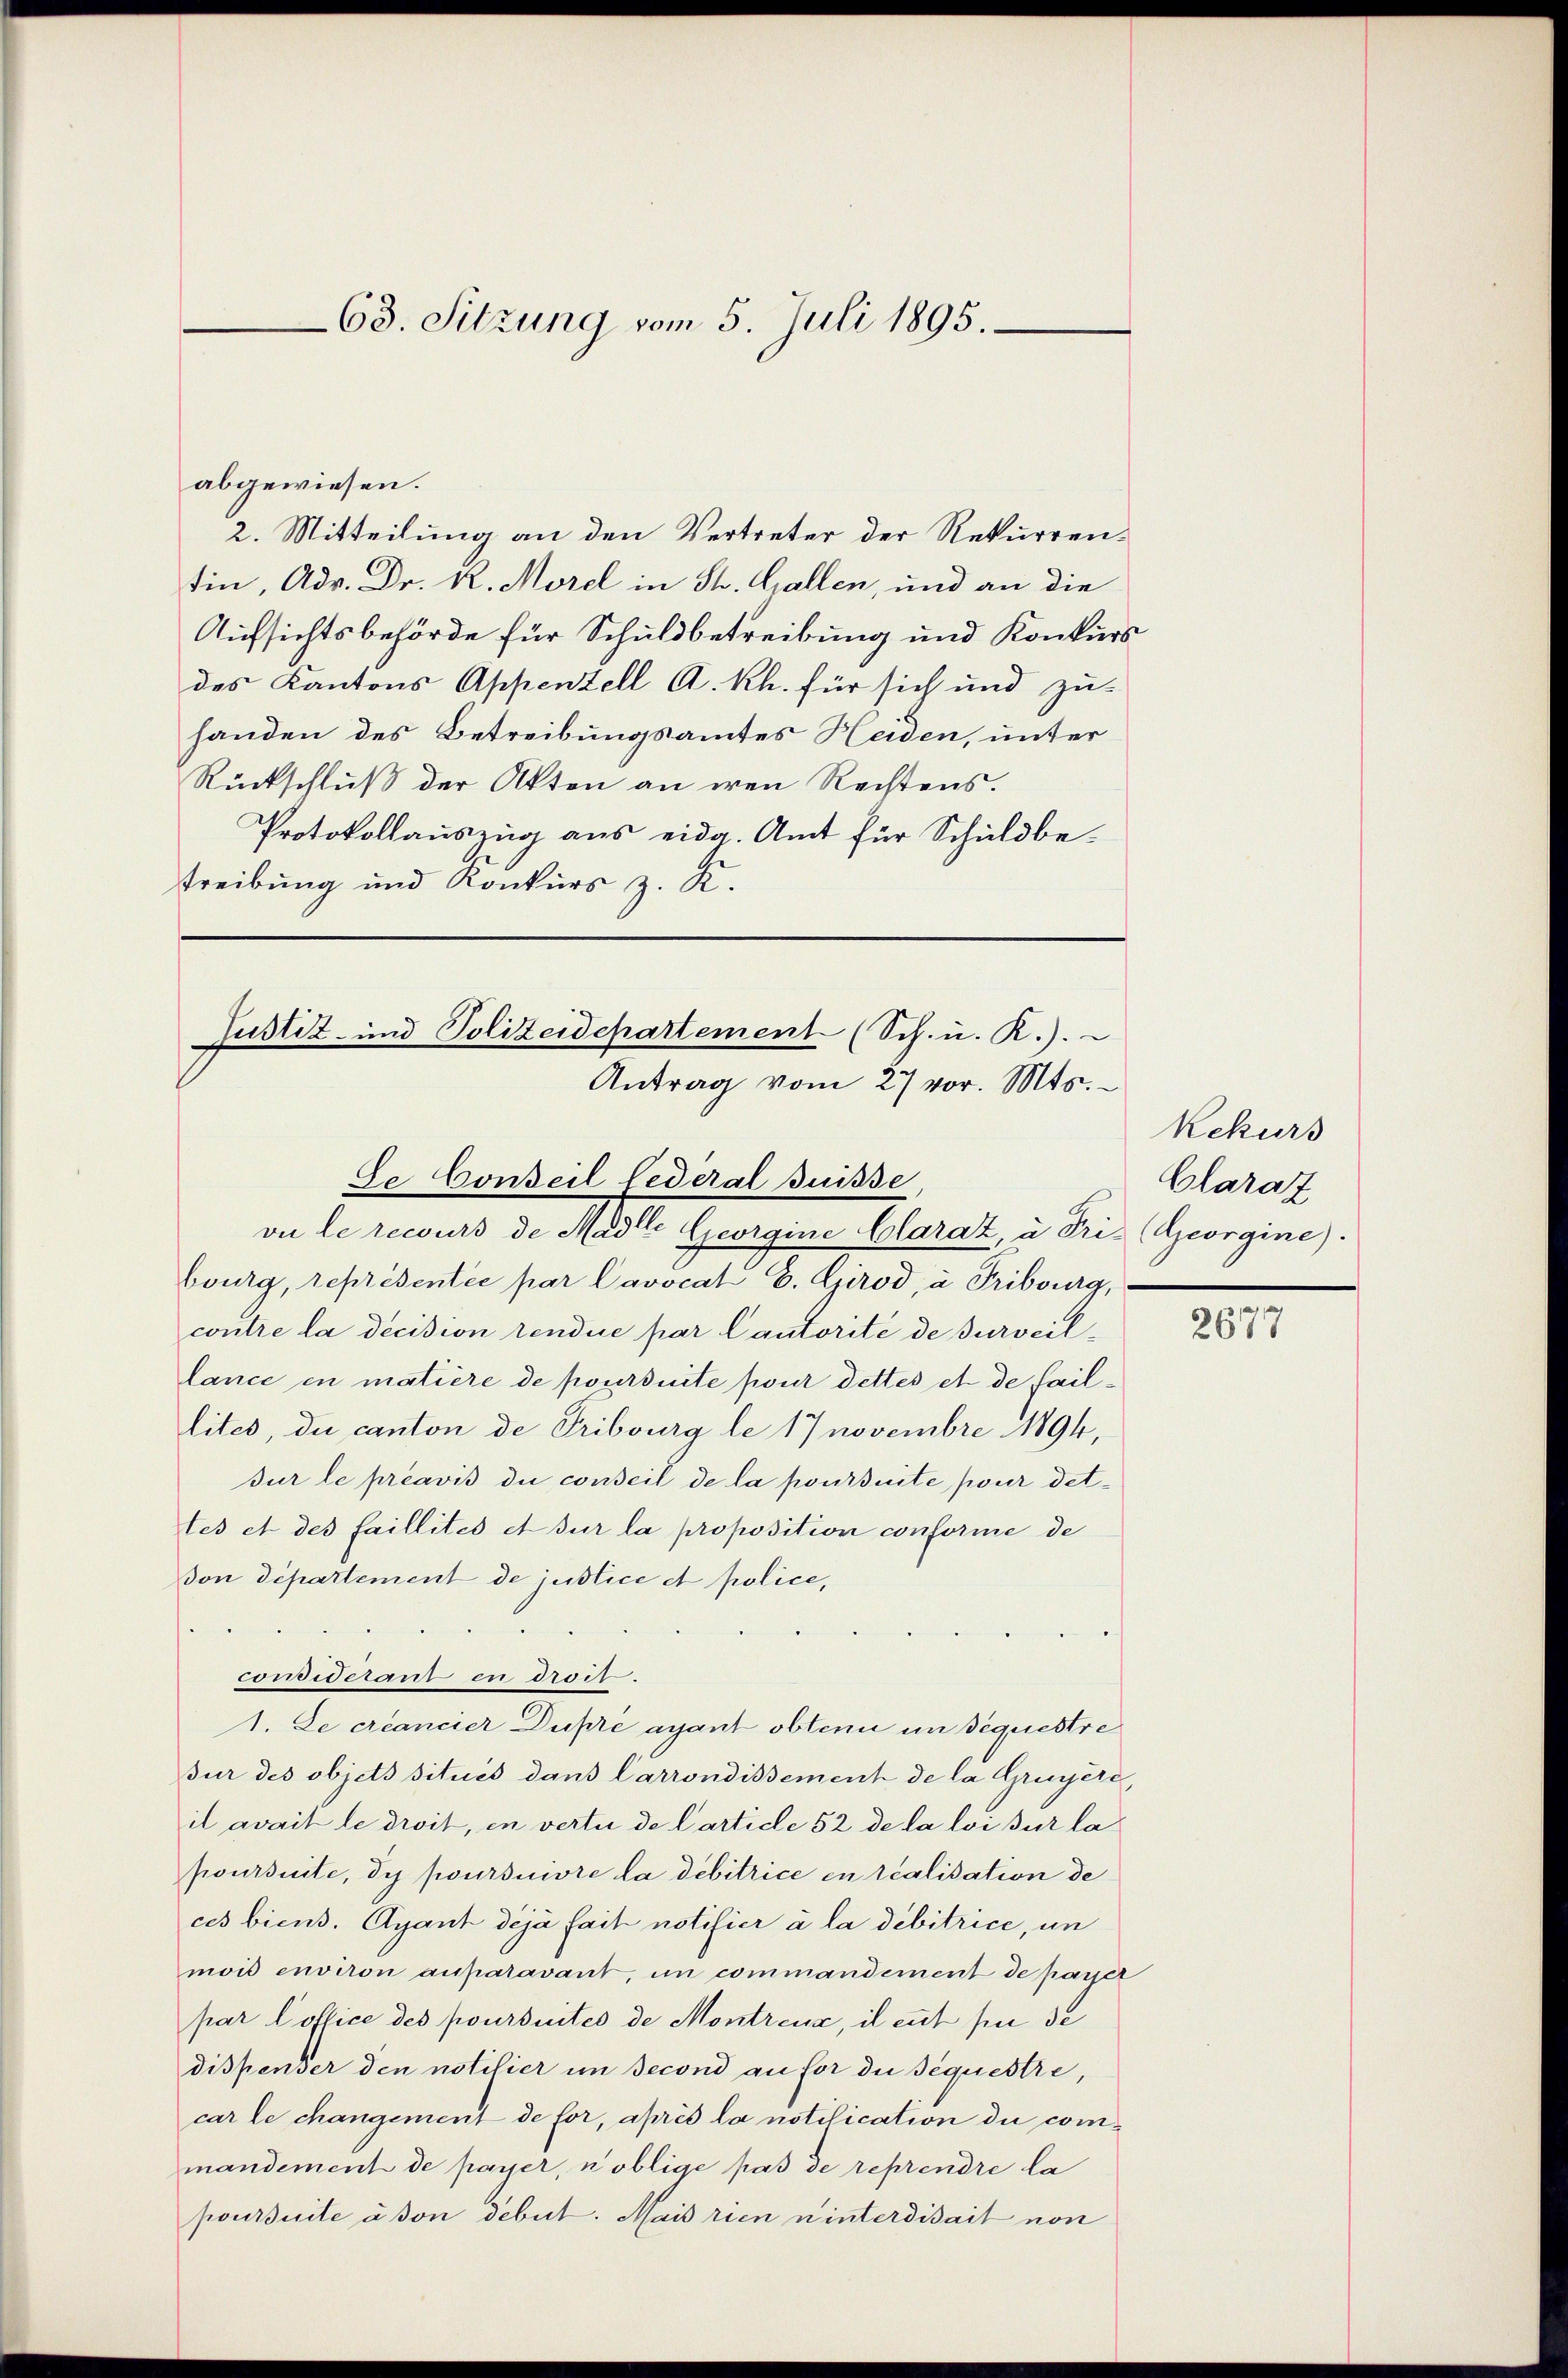
63. Sitzung vom 5. Juli 1895.

abgewiesen.
2. Mitteilung an den Vertreter der Rekurrentin, Adr. Dr. R. Morel in St. Gallen, und an die
Aufsichtsbehörde für Schuldbetreibung und Konkurs
des Kantons Appenzell A. Rh. für sich und zu-
handen des Betreibungsamtes Heiden, unter
Rückschluß der Akten an den Rechtens.
Protokollauszug aus eida. Amt für Schuldbetreibung und Konkurs z. K.

Justiz- und Polizeidepartement (Sch. u. R.).
Antrag vom 27 vor. Mts.
Se Conseil Federal Suisse,

vu le recurs de Madlle Georgine Clarat, à Pris (Georgine.
bourg, représentée par Cavocat E. Girod, à Fribourg,
contre la decision rendue par Cautorité de surveillance in matière de poursuite pour dettes et de faillites, du canton de Tribourg le 17 novembre 1894,
sur le préavis du conseil de la poursuite pour dettes et des faillités et sur la proposition conforme de
don département de justice et police,
considerant en droit.
1. Le créancier Dupré ayant obtenu im Sequestre
Für des objets situés dans Carrondissement de la Gruyère
il avait le droit, in vertei de Carticle 52 de la loi sur la
poursuite, de poursuivre la débitrice in realisation de
ces biens. Gyant déjà fait notifier à la débitrice, un
mois environ auparavant, in commandement de payer
par l’office des poursuites de Montreux, il cut pei de
dispenser den notifier im Jecond au for die Bequestre,
car le changement de for, après la notification die commandement de payer, n’oblige pas de reprendre la
poursuite à son debet. Mais rien ninterdisait non

Rekurs
Clarat

2677